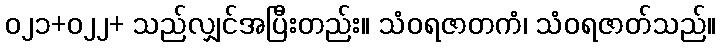
၀၂၁+၀၂၂+ သည်လျှင်အပြီးတည်း။ သံဝရဇာတကံ၊ သံဝရဇာတ်သည်။